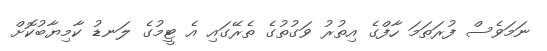
ނަމަވެސް ފުރަތަމަ ހާފްގެ އިތުރު ވަގުތުގެ ތެރޭގައި އެ ޓީމުގެ ލަނޑު ކާމިޔާބުކޮށް